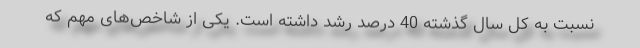
نسبت به کل سال گذشته 40 درصد رشد داشته است. یکی از شاخص‌های مهم که